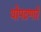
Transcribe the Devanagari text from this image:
थोपटणारे